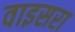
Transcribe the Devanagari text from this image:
वाइसरा